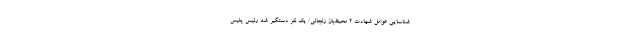
شناسایی عوامل شهادت 2 محیط‌بان زنجانی/ یک نفر دستگیر شد رئیس پلیس